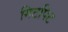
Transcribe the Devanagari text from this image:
गिटपिट